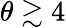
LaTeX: \theta\gtrsim 4